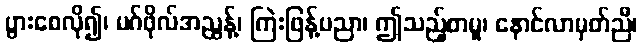
ပွားစေလို၍၊ မဂ်ဖိုလ်အညွန့်၊ ကြဲးဖြန့်ပညာ၊ ဤသည့်စာမူ၊ နောင်လာမှတ်ညီ၊